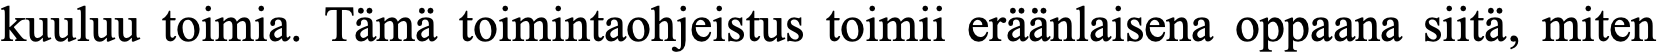
kuuluu toimia. Tämä toimintaohjeistus toimii eräänlaisena oppaana siitä, miten